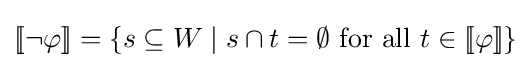
[\![\neg \varphi ]\!]=\{s\subseteq W\mid s\cap t=\emptyset {\text{ for all }}t\in [\![\varphi ]\!]\}